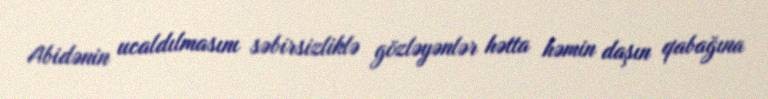
Abidənin ucaldılmasını səbirsizliklə gözləyənlər hətta həmin daşın qabağına